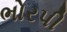
ભોરપી